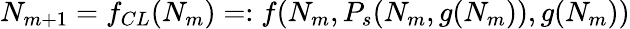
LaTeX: \begin{array}{r}{N_{m+1}=f_{CL}(N_{m})=:f(N_{m},P_{s}(N_{m},g(N_{m})),g(N_{m}))}\end{array}